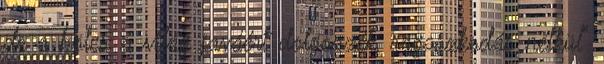
de a bölcs a világ javáért dolgozzék, ragaszkodás nélkül"